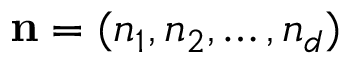
\mathbf { n } = ( n _ { 1 } , n _ { 2 } , \ldots , n _ { d } )